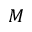
M